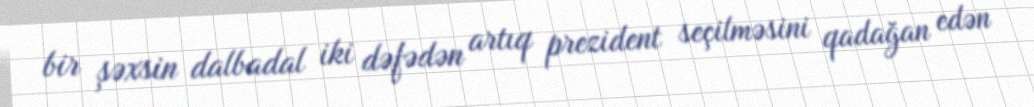
bir şəxsin dalbadal iki dəfədən artıq prezident seçilməsini qadağan edən